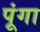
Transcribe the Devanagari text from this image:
पूंगा